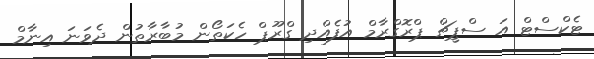
ޓެކްސްޓް އަ ސްޕީޗް ޕްރޮގްރާމް އުފެއްދި ގްރޫޕް ހެކަތޯން މުބާރާތުން ދެވަނަ އިނާމް